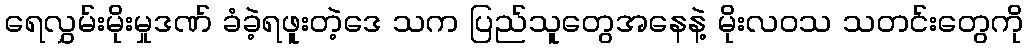
ရေလွှမ်းမိုးမှုဒဏ် ခံခဲ့ရဖူးတဲ့ဒေ သက ပြည်သူတွေအနေနဲ့ မိုးလဝသ သတင်းတွေကို